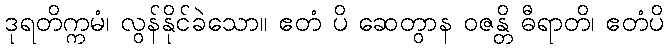
ဒုရတိက္ကမံ၊ လွန်နိုင်ခဲသော။ ဧတံ ပိ ဆေတွာန ဝဇန္တိ ဓီရာတိ၊ ဧတံပိ